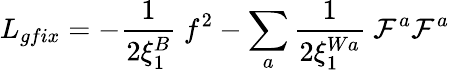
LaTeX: L_{gfix}=-{\frac{1}{2\xi_{1}^{B}}}~f^{2}-\sum_{a}{\frac{1}{2\xi_{1}^{Wa}}}~{\cal F}^{a}{\cal F}^{a}